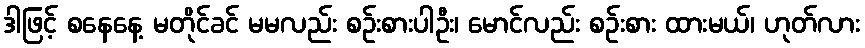
ဒါဖြင့် စနေနေ့ မတိုင်ခင် မမလည်း စဉ်းစားပါဦး၊ မောင်လည်း စဉ်းစား ထားမယ်၊ ဟုတ်လား